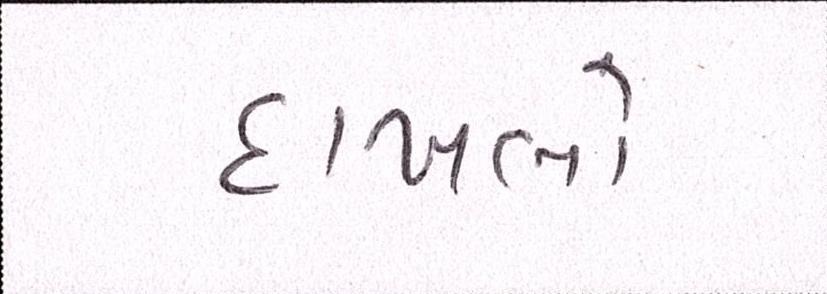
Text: દાખલો